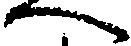
へ